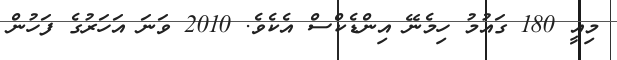
މިއީ 180 ގައުމު ހިމެނޭ އިންޑެކްސް އެކެވެ. 2010 ވަނަ އަހަރުގެ ފަހުން